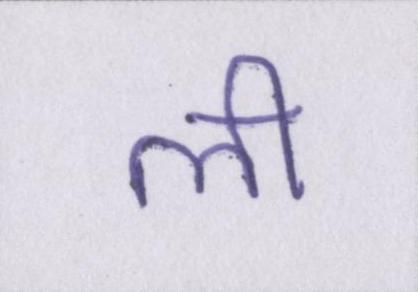
ली